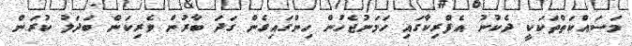
މަސައްކަތްތަކަކީ ދެކުނު އެފްރިކާގައި ހަމަނުޖެހުން ހިންގައިގެން ގަދަ ބާރުން ވެރިކަން ބަދަލު ކުރަން